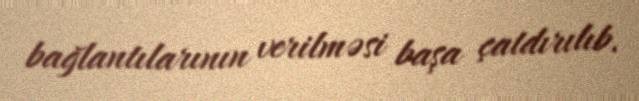
bağlantılarının verilməsi başa çatdırılıb.